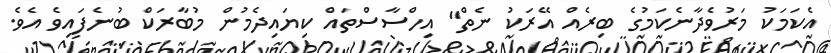
އެކަމަކު މަރުވެދާނެކަމުގެ ބިރެއް އޭރަކު ނެތް" އިހްސާސްތައް ކިޔައިދެމުން މުބާރަކް ބުނެފައިވެ އެވެ.